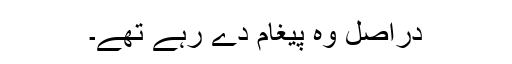
دراصل وہ پیغام دے رہے تھے۔